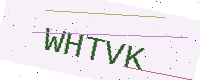
Text: WHTVK